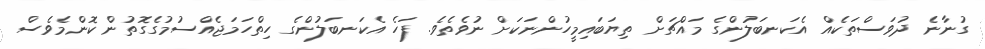
ގުނާނެ ދުވަސްތަކެއް އެކަނބަލުންގެ މައްޗަށް ތިޔަބައިމީހުންނަކަށް ނުވެތެވެ. ފަހެ އެކަނބަލުންގެ ހިތްހަމަޖެއްސުމުގެގޮތުން ކޮންމެވެސް